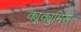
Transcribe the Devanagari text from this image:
क्यूक्युमिस